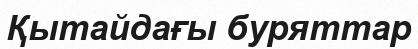
Қытайдағы буряттар